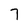
Character: 7